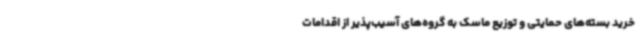
خرید بسته‌های حمایتی و توزیع ماسک به گروه‌های آسیب‌پذیر از اقدامات